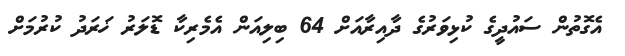
އެގޮތުން ސައުދީގެ ކުޅިވަރުގެ ދާއިރާއަށް 64 ބިލިއަން އެމެރިކާ ޑޮލަރު ޚަރަދު ކުރުމަށް